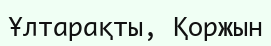
Ұлтарақты, Қоржын